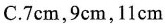
C.7cm，9cm，11 cm